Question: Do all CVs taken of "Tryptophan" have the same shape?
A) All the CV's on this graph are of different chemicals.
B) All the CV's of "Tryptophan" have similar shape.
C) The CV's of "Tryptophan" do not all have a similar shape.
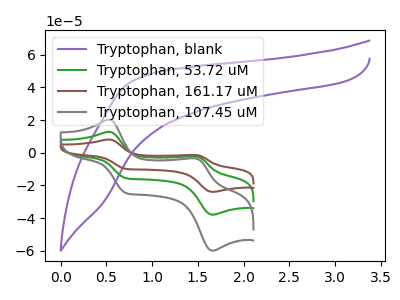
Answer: <think>The purple curve "Tryptophan, blank" has no peaks. The green curve "Tryptophan, 53.72 uM" has anodic peaks at (0.50V, 12.80uA) (1.45V, -2.15uA) and cathodic peaks at (0.70V, -15.50uA) (1.65V, -37.90uA). The brown curve "Tryptophan, 161.17 uM" has anodic peaks at (0.50V, 25.60uA) (1.45V, -4.30uA) and cathodic peaks at (0.70V, -31.00uA) (1.65V, -75.75uA). The gray curve "Tryptophan, 107.45 uM" has anodic peaks at (0.50V, 20.25uA) (1.45V, -3.40uA) and cathodic peaks at (0.70V, -24.50uA) (1.65V, -59.95uA).
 "Tryptophan, blank" and "Tryptophan, 53.72 uM" have a different number of peaks. "Tryptophan, blank" and "Tryptophan, 161.17 uM" have a different number of peaks. "Tryptophan, blank" and "Tryptophan, 107.45 uM" have a different number of peaks. All the peaks in "Tryptophan, 53.72 uM" have a peak in "Tryptophan, 161.17 uM" at the same potential. All the peaks in "Tryptophan, 53.72 uM" have a peak in "Tryptophan, 107.45 uM" at the same potential. All the peaks in "Tryptophan, 161.17 uM" have a peak in "Tryptophan, 107.45 uM" at the same potential.</think>
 <answer>B) All the CV's of "Tryptophan" have similar shape.</answer>
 <eval>B</eval>